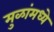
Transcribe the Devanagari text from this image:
मुळांमध्ये